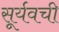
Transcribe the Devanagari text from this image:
सूर्यवची